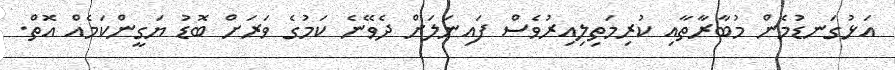
އަޅުގަނޑުމެން މުބާރާތާއި ކުރިމަތިލިއިރުވެސް ފައިނަލަށް ދެވޭނެ ކަމުގެ ވަރަށް ބޮޑު ޔަގީންކަމެއް އޮތް.